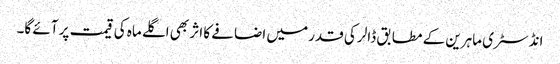
انڈسٹری ماہرین کے مطابق ڈالر کی قدر میں اضافے کا اثر بھی اگلے ماہ کی قیمت پر آئے گا۔